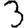
Digit: 3